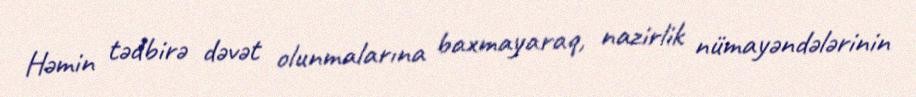
Həmin tədbirə dəvət olunmalarına baxmayaraq, nazirlik nümayəndələrinin